Indian journal of veterinary science and animal husbandry - Volume 4,
Year: 1934
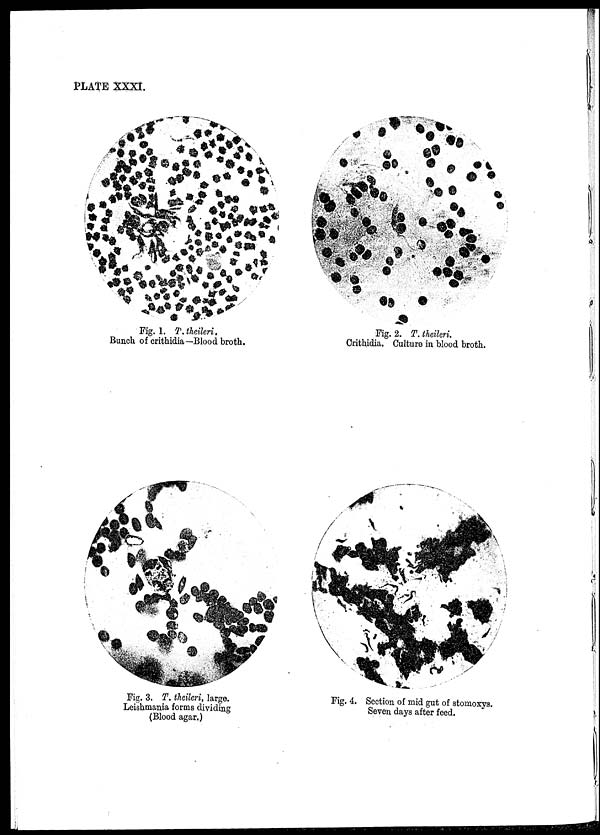
PLATE XXXI.
Fig. 1. T.theileri.
Bunch of crithidia—Blood broth.
Fig. 2. T. theileri.
Crithidia. Culture in blood broth.
Fig. 3. T. theileri, large.
Leishmania forms dividing
(Blood agar.)
Fig. 4. Section of mid gut of stomoxys.
Seven days after feed.